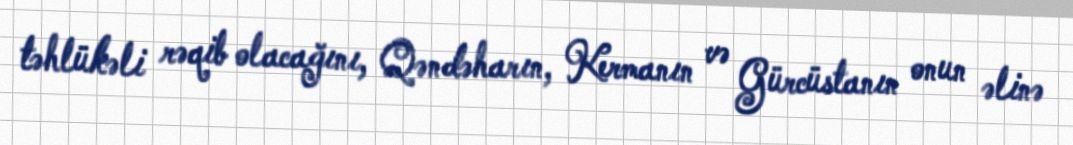
təhlükəli rəqib olacağını, Qəndəharın, Kermanın və Gürcüstanın onun əlinə